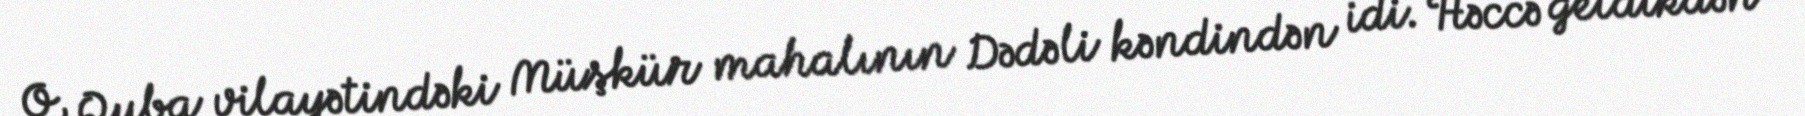
O, Quba vilayətindəki Müşkür mahalının Dədəli kəndindən idi. Həccə getdikdən